Civil Veterinary Department Bihar reports 1940-50 - 1940-1950
Year: 1940
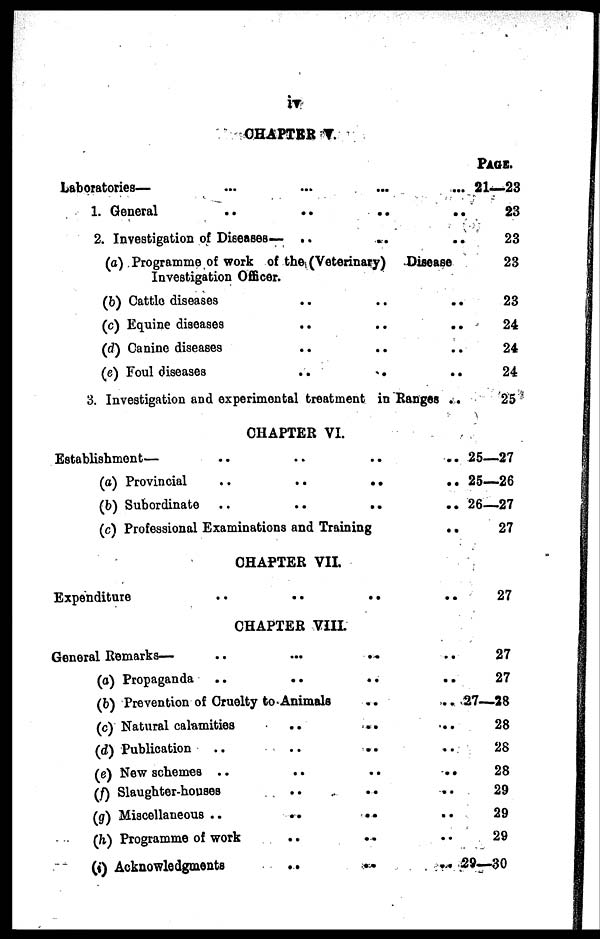
iv
CHAPTER V.
Laboratories— .
1. General
..
..
..
2. Investigation of Diseases— ..
..
..
(a) Programme of work of the (Veterinary) Disease
Investigation Officer.
(b) Cattlo diseases
..
..
..
(c) Equine diseases .. .. ..
(d) Canine diseases .. .. ..
(e) Foul diseases .. .. ..
3. Investigation and experimental treatment in Ranges ..
PAGE.
21—23
23
23
23
23
24
24
24
25
CHAPTER VI.
Establishment—
..
..
....
(a) Provincial
..
..
....
(b) Subordinate ..
..
....
(c) Professional Examinations and
Training..
CHAPTER VII.
Expenditure
..
....
25—27
25—26
26—27
27
27
CHAPTER VIII.
General Remarks—
..
......
(a) Propaganda
..
......
(b) Prevention of Cruelty to
Animals....
(c) Natural calamities
......
(d) Publication
..
......
(e) New schemes ..
......
(f) Slaughter-houses
......
(g) Miscellaneous ..
......
(h) Programme of work
......
(i) Acknowledgments
......
27
27
27—28
28
28
28
29
29
29
29—30